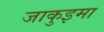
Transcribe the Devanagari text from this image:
जाकुइमा